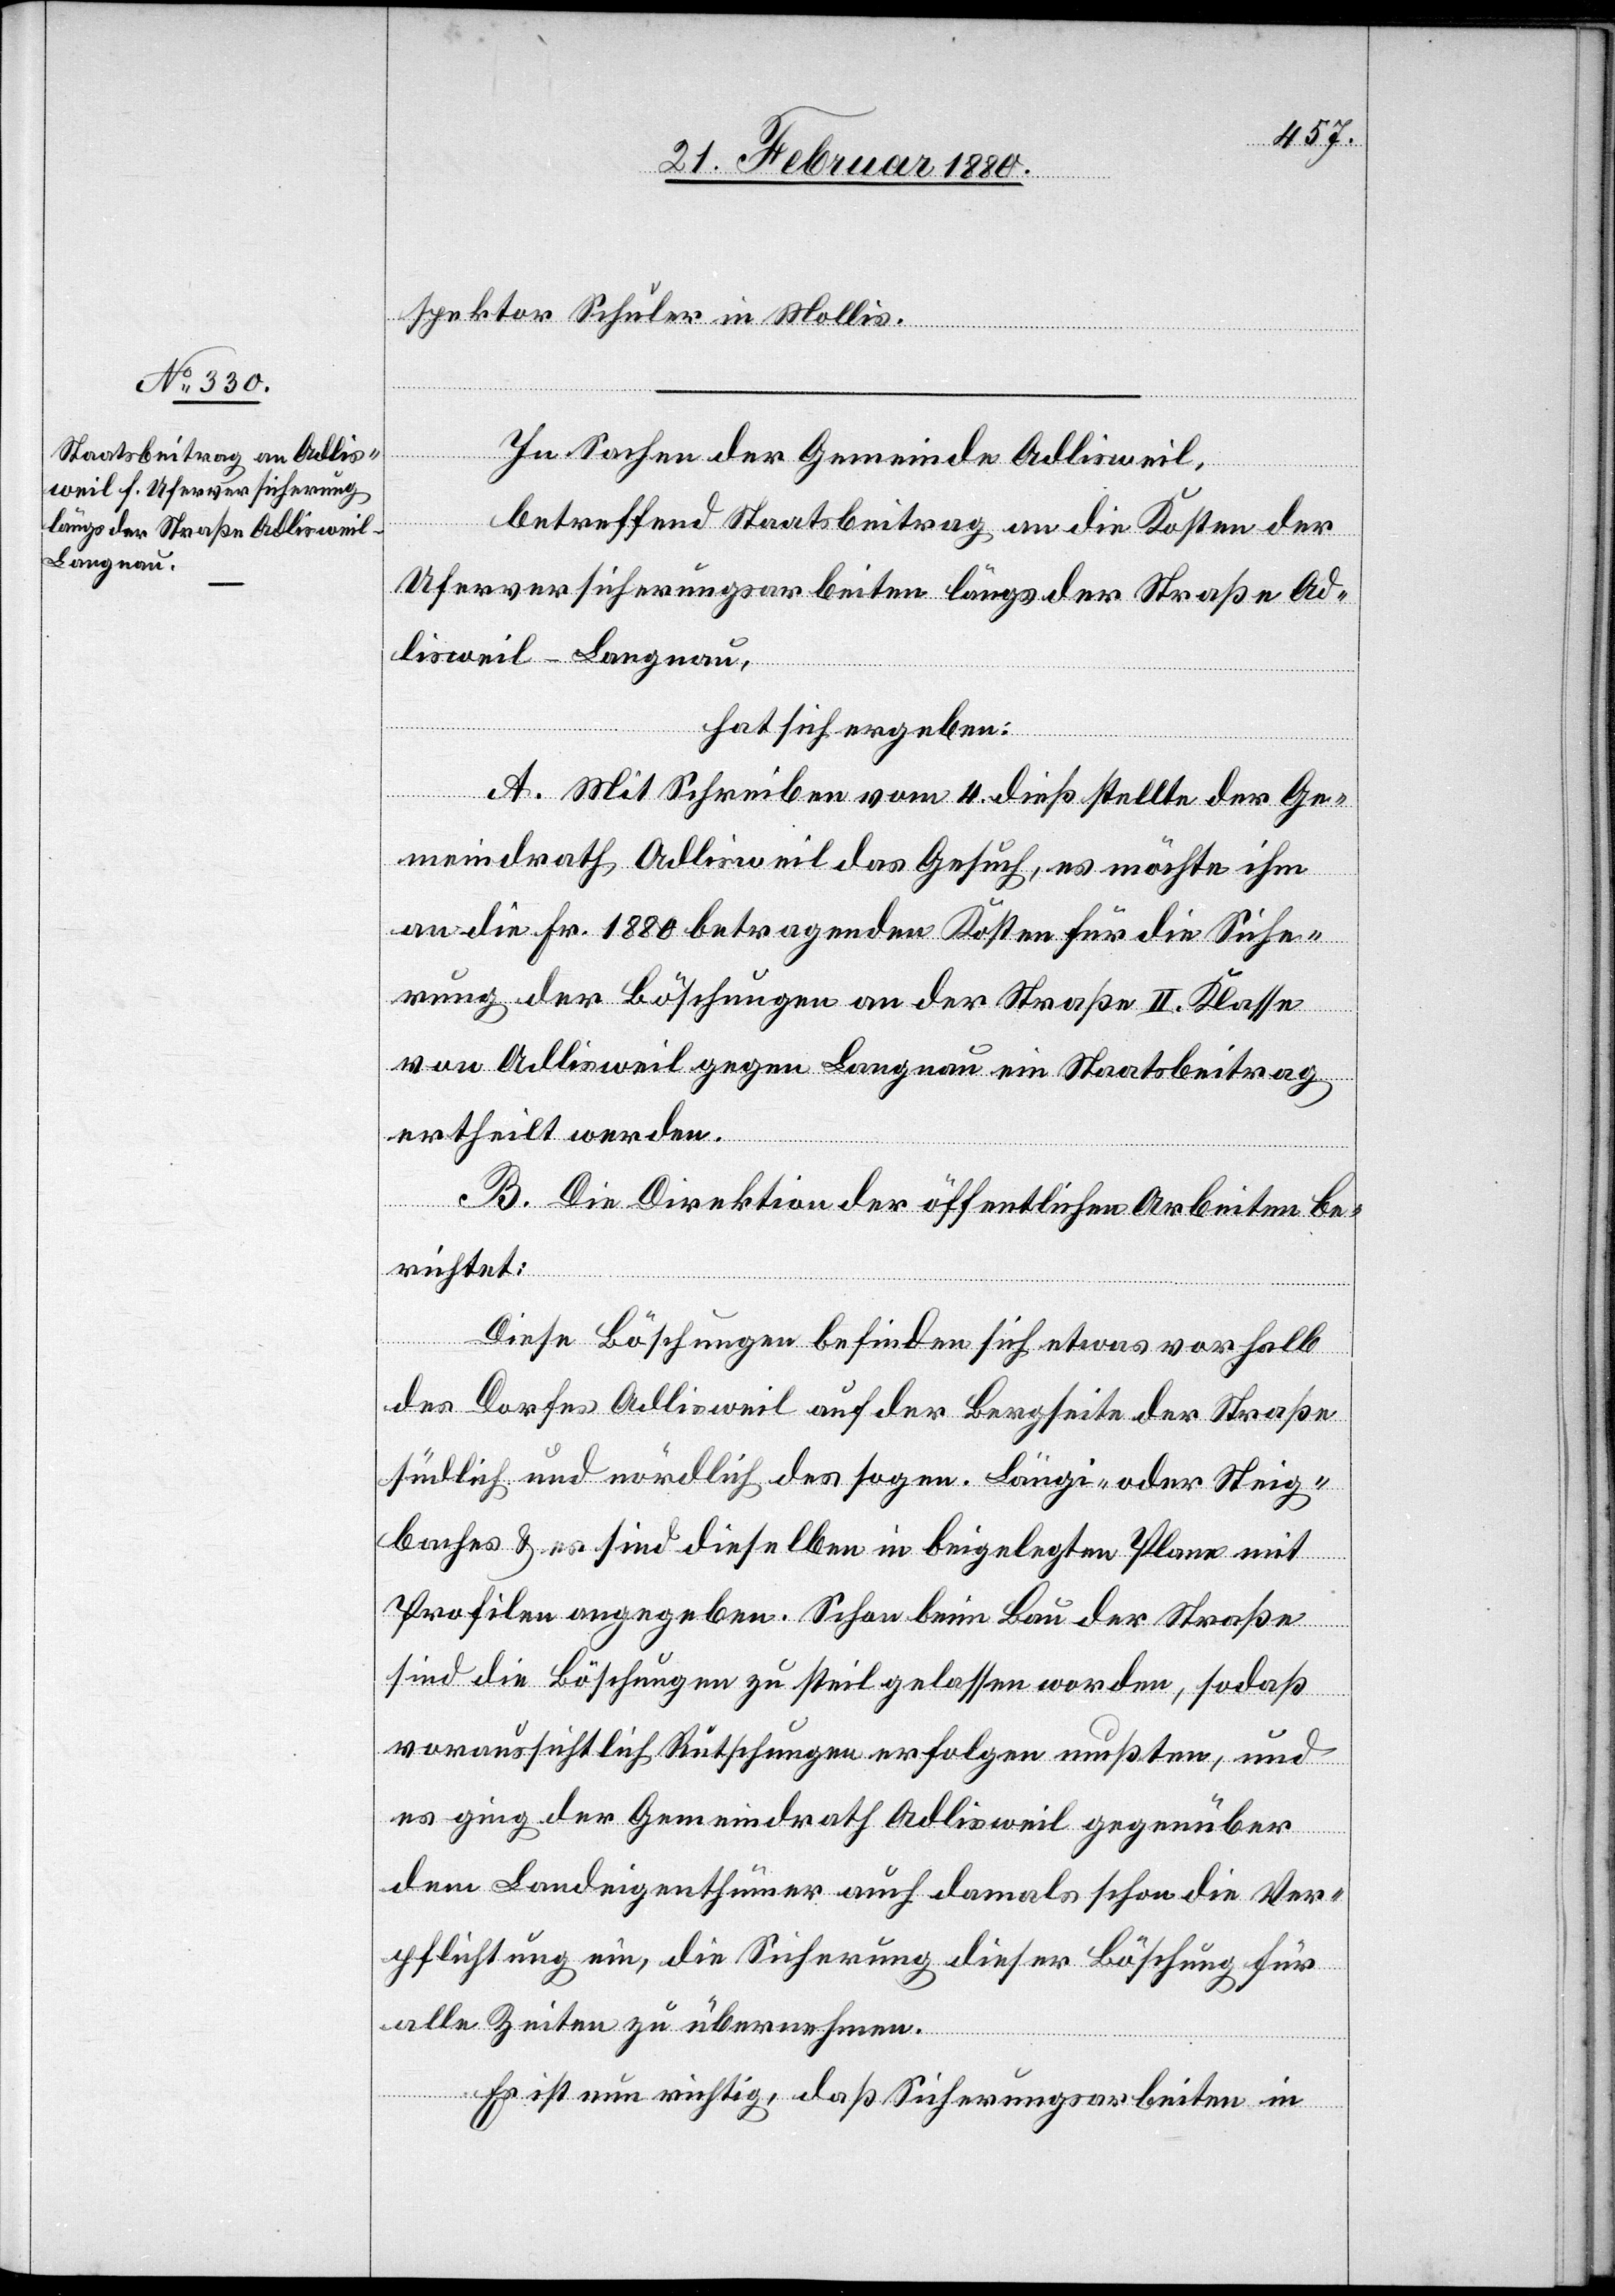
spektor Schuler in Mollis.
In Sachen der Gemeinde Adlisweil,
betreffend Staatsbeitrag an die Kosten der
Uferversicherungsarbeiten längs der Straße Ad¬
lisweil–Langnau,
hat sich ergeben:
A. Mit Schreiben vom 4. dieß stellte der Ge¬
meindrath Adlisweil das Gesuch, es möchte ihm
an die Fr. 1880 betragenden Kosten für die Siche¬
rung der Böschungen an der Straße II. Klasse
von Adlisweil gegen Langnau ein Staatsbeitrag
ertheilt werden.
B. Die Direktion der öffentlichen Arbeiten be¬
richtet:
Diese Böschungen befinden sich etwas vorhalb
des Dorfes Adlisweil auf der Bergseite der Straße
südlich und nördlich des sogen. Längi- oder Steig¬
baches & es sind dieselben in beigelegten Plane mit
Profilen angegeben. Schon beim Bau der Straße
sind die Böschungen zu steil gelassen worden, sodaß
voraussichtlich Rutschungen erfolgen mußten, und
es ging der Gemeindrath Adlisweil gegenüber
dem Landeigenthümer auch damals schon die Ver¬
pflichtung ein, die Sicherung dieser Böschung für
alle Zeiten zu übernehmen.
Es ist nun richtig, daß Sicherungsarbeiten im